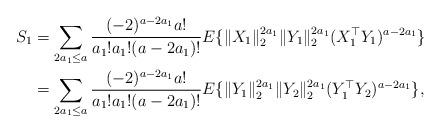
LaTeX: \begin{align*} S_{1}&=\sum_{2a_1\le a}\frac{(-2)^{a-2a_1}a!}{a_1!a_1!(a-2a_1)!}E\{\|X_1\|_{2}^{2a_1}\|Y_1\|_{2}^{2a_1}(X_1^{\top}Y_1)^{a-2a_1}\}\\ &=\sum_{2a_1\le a}\frac{(-2)^{a-2a_1}a!}{a_1!a_1!(a-2a_1)!}E\{\|Y_1\|_{2}^{2a_1}\|Y_2\|_{2}^{2a_1}(Y_1^{\top}Y_2)^{a-2a_1}\},\end{align*}